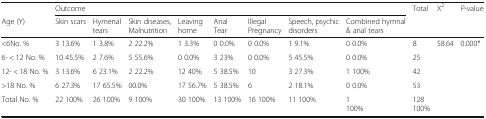
<table><thead><tr><td></td><td colspan="8"><b>Outcome</b></td><td rowspan="2"><b>Total</b></td><td rowspan="2"><b>X<sup>2</sup></b></td><td rowspan="2"><b><i>P</i>-value</b></td></tr><tr><td><b>Age (Y)</b></td><td><b>Skin scars</b></td><td><b>Hymenal tears</b></td><td><b>Skin diseases, Malnutrition</b></td><td><b>Leaving home</b></td><td><b>Anal Tear</b></td><td><b>Illegal Pregnancy</b></td><td><b>Speech, psychic disorders</b></td><td><b>Combined hymnal &amp; anal tears</b></td></tr></thead><tbody><tr><td>&lt;6No. %</td><td>3 13.6%</td><td>1 3.8%</td><td>2 22.2%</td><td>1 3.3%</td><td>0 0.0%</td><td>0 0.0%</td><td>1 9.1%</td><td>0 0.0%</td><td>8</td><td>58.64</td><td>0.000*</td></tr><tr><td>6- &lt; 12 No. %</td><td>10 45.5%</td><td>2 7.6%</td><td>5 55.6%</td><td>0 0.0%</td><td>3 23%</td><td>0 0.0%</td><td>5 45.5%</td><td>0 0.0%</td><td>25</td><td></td><td></td></tr><tr><td>12- &lt; 18 No. %</td><td>3 13.6%</td><td>6 23.1%</td><td>2 22.2%</td><td>12 40%</td><td>5 38.5%</td><td>10</td><td>3 27.3%</td><td>1 100%</td><td>42</td><td></td><td></td></tr><tr><td>&gt;18 No. %</td><td>6 27.3%</td><td>17 65.5%</td><td>00.0%</td><td>17 56.7%</td><td>5 38.5%</td><td>6</td><td>2 18.1%</td><td>0 0.0%</td><td>53</td><td></td><td></td></tr><tr><td>Total No. %</td><td>22 100%</td><td>26 100%</td><td>9 100%</td><td>30 100%</td><td>13 100%</td><td>16 100%</td><td>11 100%</td><td>1100%</td><td>128100%</td><td></td><td></td></tr></tbody></table>